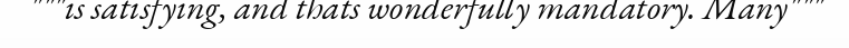
"""is satisfying, and thats wonderfully mandatory. Many"""